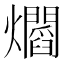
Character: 𤓁